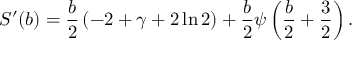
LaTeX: S ^ { \prime } ( b ) = \frac { b } { 2 } \, ( - 2 + \gamma + 2 \ln 2 ) + \frac { b } { 2 } \psi \left( \frac { b } { 2 } + \frac { 3 } { 2 } \right) .